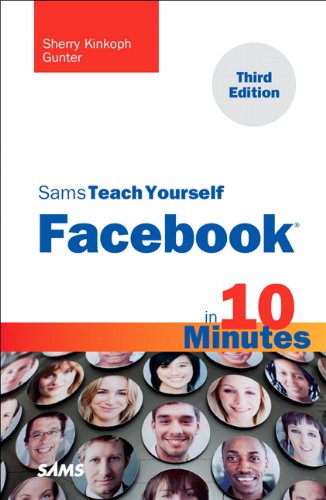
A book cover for Sams Teach Yourself Facebook in 10 Minutes (3rd Edition) (Sams Teach Yourself -- Minutes); Sherry Kinkoph Gunter; Computers & Technology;